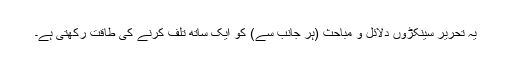
یہ تحریر سینکڑوں دلائل و مباحث (ہر جانب سے) کو ایک ساتھ تلف کرنے کی طاقت رکھتی ہے۔